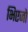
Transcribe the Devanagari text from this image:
भिएजो